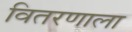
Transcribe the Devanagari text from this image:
वितरणाला